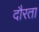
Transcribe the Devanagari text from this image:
दौरता